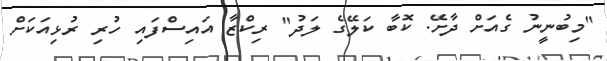
"މިބުނީނު ގެއަށް ދާށޭ. ކޮބާ ކަލޭގެ ލަދު" ރިކްޒާ އައިސްފައި ހުރި ރުޅިއަކަށް